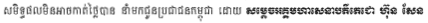
សមិទ្ធផលមិនអាចកាត់ថ្លៃបាន នាំមកជូនប្រជាជនកម្ពុជា ដោយ សម្តេចអគ្គមហាសេនាបតីតេជោ ហ៊ុន សែន